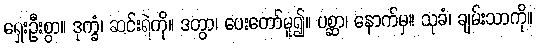
ရှေးဦးစွာ။ ဒုက္ခံ၊ ဆင်းရဲကို။ ဒတွာ၊ ပေးတော်မူ၍။ ပစ္ဆာ၊ နောက်မှ။ သုခံ၊ ချမ်းသာကို။